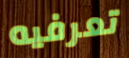
تعرفيه